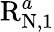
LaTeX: \mathrm{R}_{\mathrm{N},1}^{a}